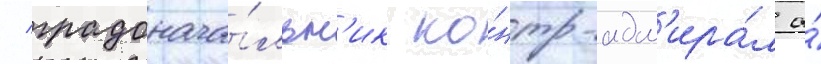
/ градонача́льн'ик ко́нтр-адм'ира́л а́